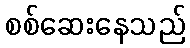
စစ်ဆေးနေသည်